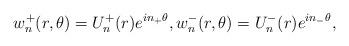
LaTeX: \begin{align*}w_n^+(r, \theta)=U_n^+(r)e^{in_+\theta},w_n^-(r, \theta)=U_n^-(r)e^{in_-\theta},\end{align*}